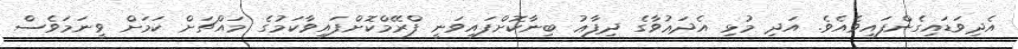
އެދިވަޑައިގެންފައިވެއެވެ. އަދި މުޅި އެދަޢުވާގެ ދިފާޢު ބިނާކޮށްފައިވަނީ ފްރޭމްކޮށްފައިވާކަމުގެ މައްޗަށް ކަމަށް ވީނަމަވެސް